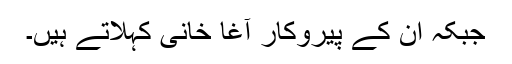
جبکہ ان کے پیروکار آغا خانی کہلاتے ہیں۔